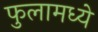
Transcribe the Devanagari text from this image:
फुलामध्ये